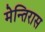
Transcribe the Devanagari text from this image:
मेन्तिरास